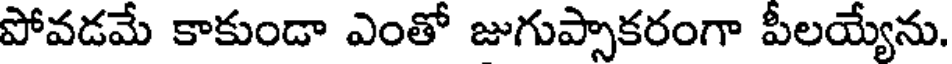
పోవడమే కాకుండా ఎంతో జుగుప్సాకరంగా పీలయ్యేను.